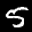
Label: 5